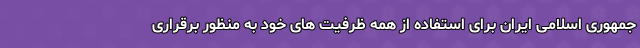
جمهوری اسلامی ایران برای استفاده از همه ظرفیت های خود به منظور برقراری